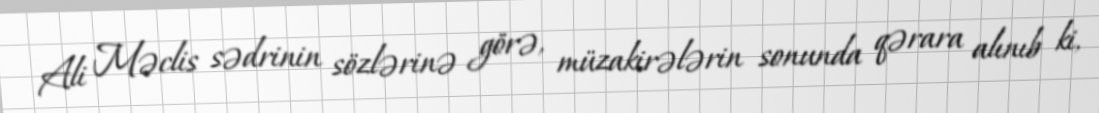
Ali Məclis sədrinin sözlərinə görə, müzakirələrin sonunda qərara alınıb ki,